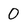
Character: 0